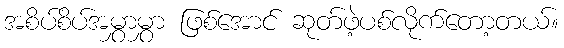
အစိပ်စိပ်အမွှာမွှာ ဖြစ်အောင် ဆုတ်ဖဲ့ပစ်လိုက်တော့တယ်။